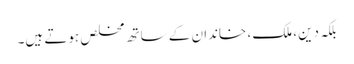
بلکہ دین، ملک ، خاندان کے ساتھ مخلص ہوتے ہیں۔